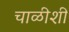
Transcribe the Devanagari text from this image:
चाळीशी